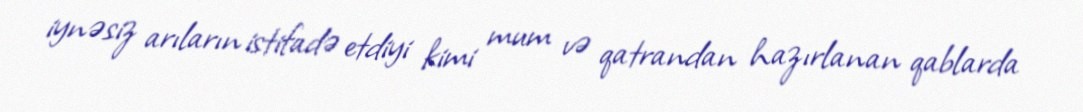
iynəsiz arıların istifadə etdiyi kimi mum və qatrandan hazırlanan qablarda